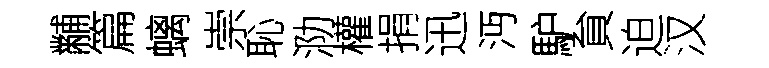
黼篇螭崇恥泐權捐迅沔馿貟迫汉